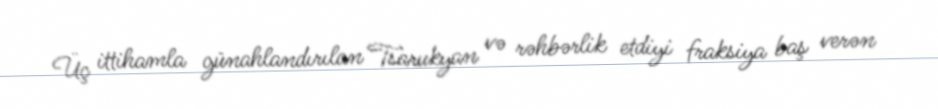
Üç ittihamla günahlandırılan Tsarukyan və rəhbərlik etdiyi fraksiya baş verən